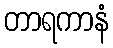
တာရကာနံ